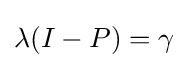
\lambda (I-P)=\gamma